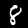
Digit: 8